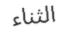
الثناء